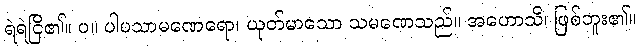
ရဲရဲငြိ၏။ ပ။ ပါပသာမဏေရော၊ ယုတ်မာသော သမဏေသည်။ အဟောသိ၊ ဖြစ်ဘူး၏။